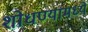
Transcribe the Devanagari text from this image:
शोधण्यामध्ये